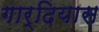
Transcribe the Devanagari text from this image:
गार्दियास